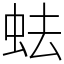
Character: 𧉧